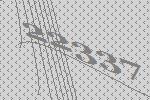
22337